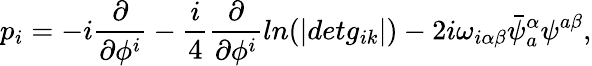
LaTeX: p_{i}=-i\frac{\partial}{\partial\phi^{i}}-\frac{i}{4}\frac{\partial}{\partial\phi^{i}}ln(|detg_{ik}|)-2i\omega_{i\alpha\beta}\bar{\psi}_{a}^{\alpha}\psi^{a\beta},